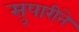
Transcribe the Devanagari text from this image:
सुपारीने